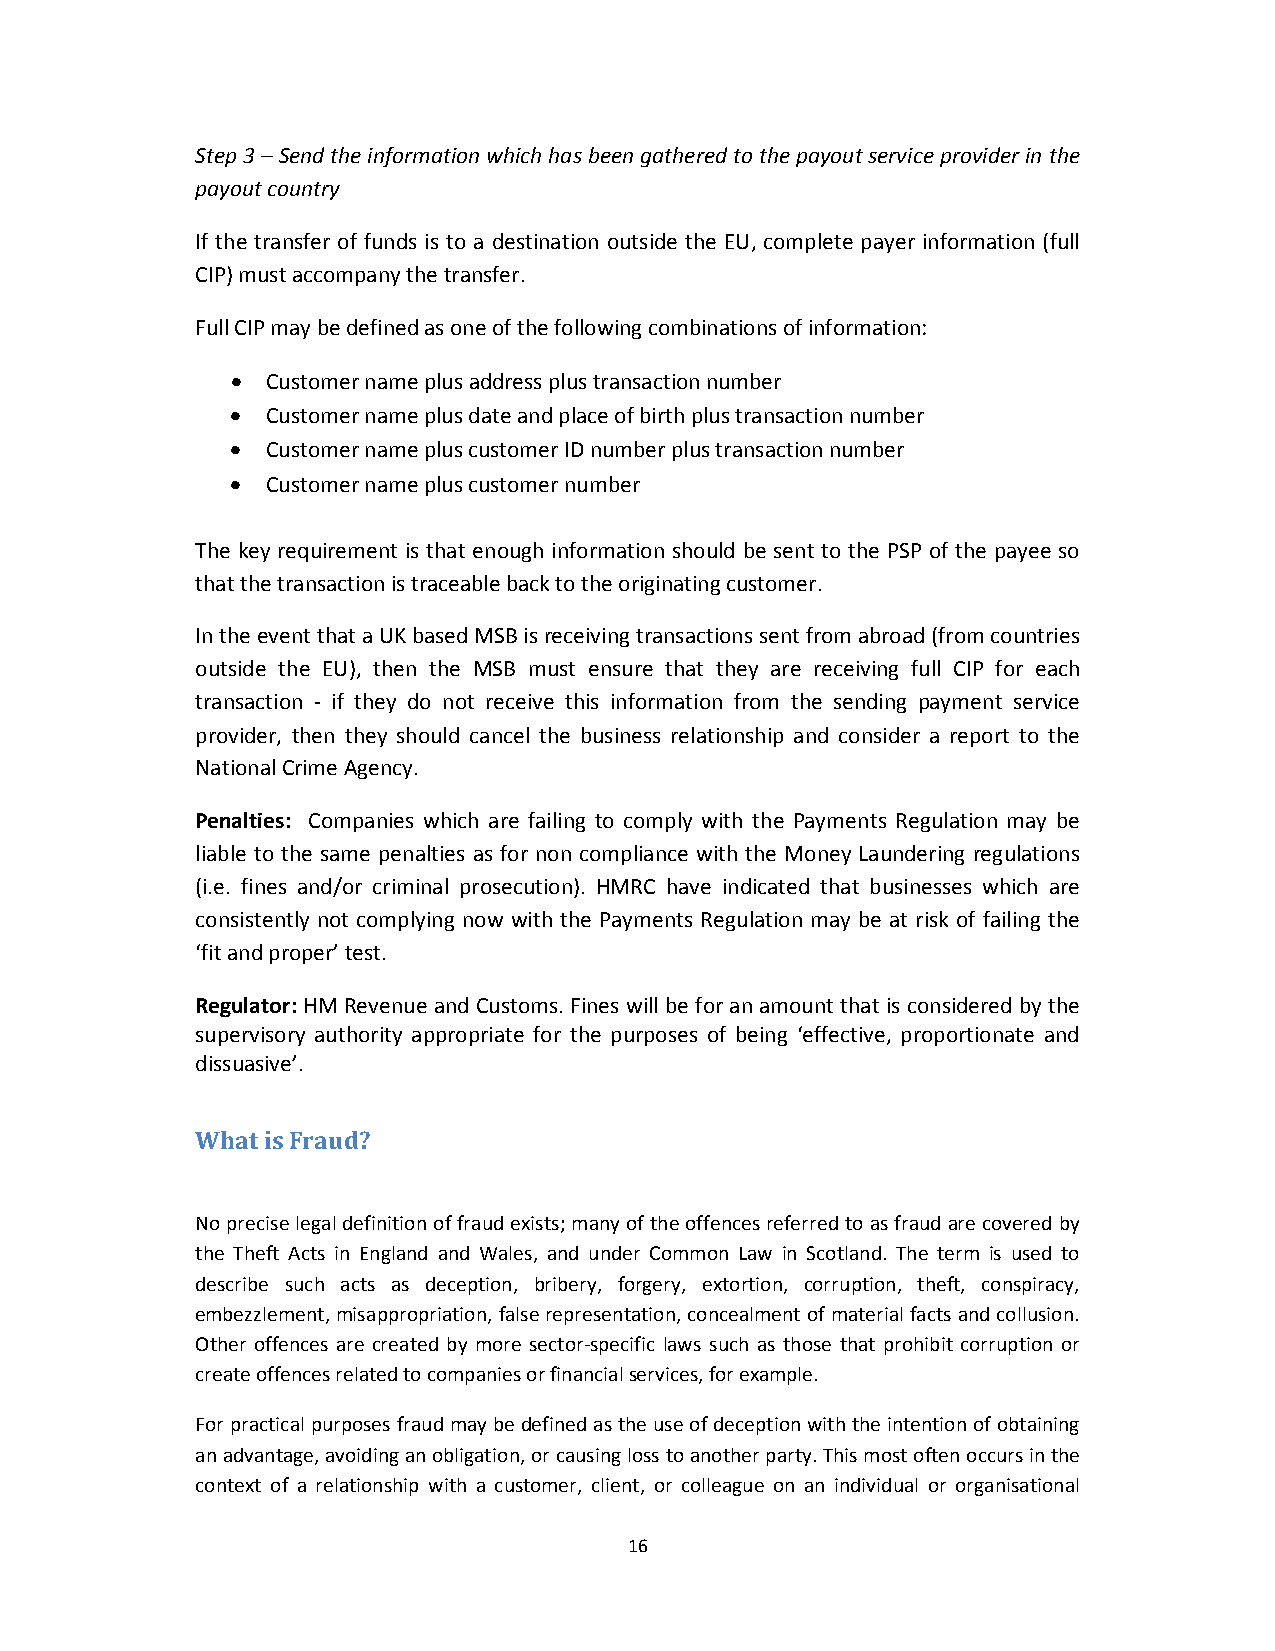
Step 3 – Send the information which has been gathered to the payout service provider in the
 payout country
 If the transfer of funds is to a destination outside the EU, complete payer information (full
 CIP) must accompany the transfer.
 Full CIP may be defined as one of the following combinations of information:
   Customer name plus address plus transaction number
   Customer name plus date and place of birth plus transaction number
   Customer name plus customer ID number plus transaction number
   Customer name plus customer number
 The key requirement is that enough information should be sent to the PSP of the payee so
 that the transaction is traceable back to the originating customer.
 In the event that a UK based MSB is receiving transactions sent from abroad (from countries
 outside the EU), then the MSB must ensure that they are receiving full CIP for each
 transaction ‐ if they do not receive this information from the sending payment service
 provider, then they should cancel the business relationship and consider a report to the
 National Crime Agency.
 Penalties: Companies which are failing to comply with the Payments Regulation may be
 liable to the same penalties as for non compliance with the Money Laundering regulations
 (i.e. fines and/or criminal prosecution). HMRC have indicated that businesses which are
 consistently not complying now with the Payments Regulation may be at risk of failing the
 ‘fit and proper’ test.
 Regulator: HM Revenue and Customs. Fines will be for an amount that is considered by the
 supervisory authority appropriate for the purposes of being ‘effective, proportionate and
 dissuasive’.
 What is Fraud?
 No precise legal definition of fraud exists; many of the offences referred to as fraud are covered by
 the Theft Acts in England and Wales, and under Common Law in Scotland. The term is used to
 describe such acts as deception, bribery, forgery, extortion, corruption, theft, conspiracy,
 embezzlement, misappropriation, false representation, concealment of material facts and collusion.
 Other offences are created by more sector‐specific laws such as those that prohibit corruption or
 create offences related to companies or financial services, for example.
 For practical purposes fraud may be defined as the use of deception with the intention of obtaining
 an advantage, avoiding an obligation, or causing loss to another party. This most often occurs in the
 context of a relationship with a customer, client, or colleague on an individual or organisational
 16